Annual report on the working of the Harcourt Butler Institute of Public Health, Rangoon
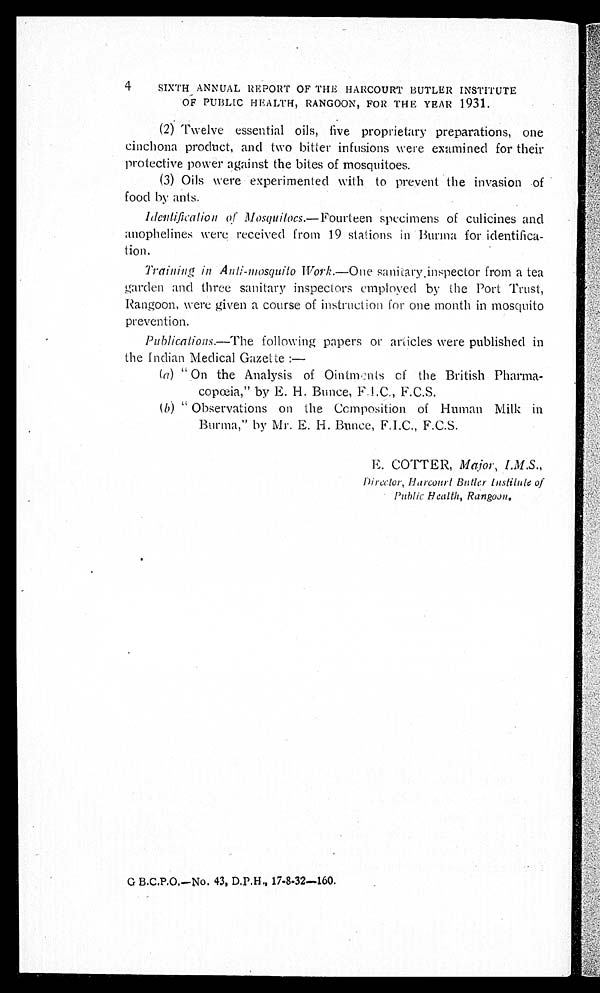
4 SIXTH ANNUAL REPORT OF THE HARCOURT BUTLER INSTITUTE
OF PUBLIC HEALTH, RANGOON, FOR THE YEAR 1931.
(2) Twelve essential oils, five proprietary preparations, one
cinchona product, and two bitter infusions were examined for their
protective power against the bites of mosquitoes.
(3) Oils were experimented with to prevent the invasion of
food by ants.
I d e n t i f i c a t i o n o f Mo s q u i t o c s . — F o u r t e e n s p e c i m e n s o f c u l i c i n e s a n d
anophelines were received from 19 stations in Burma for identifica-
tion.
Training, in Anti-mosquito Work.—One sanitary inspector from a tea
garden and three sanitary inspectors employed by the Port Trust,
Rangoon, were given a course of instruction for one month in mosquito
prevention.
Publications.—The following papers or articles were published in
the Indian Medical Gazette:
— ( a) "On the Analysis of Ointments of the British Pharma--
copœia," by E. H. Bunce,
F. I . C. , F. C. S.
(b) " Observations on the Composition of Human Milk in
Burma," by Mr. E. H. Bunce, F.I.C., F.C.S.
E. COTTER, Major, I.M.S.,
Director, Harcourt Butler Institute of
Public Health, Rangoon.
G B.C.P.O.—No. 43, D.P.H., 17-8-32-160.